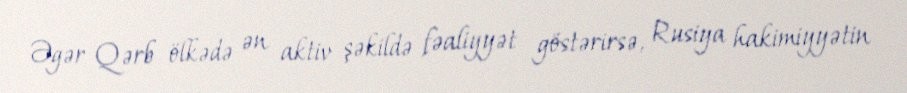
Əgər Qərb ölkədə ən aktiv şəkildə fəaliyyət göstərirsə, Rusiya hakimiyyətin